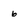
Character: 6